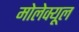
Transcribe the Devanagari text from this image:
मोलेक्यूल